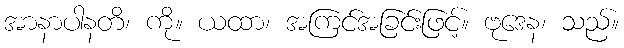
အာနာပါနတိ၊ ကို။ ယထာ၊ အကြင်အခြင်းဖြင့်။ ဗုဒေန၊ သည်။